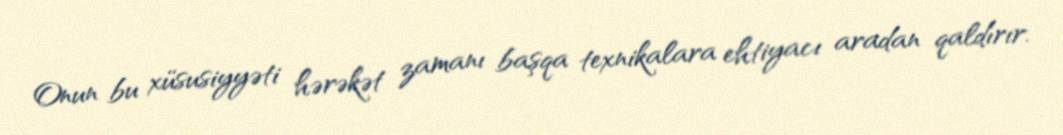
Onun bu xüsusiyyəti hərəkət zamanı başqa texnikalara ehtiyacı aradan qaldırır.